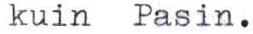
kuin Pasin.